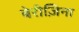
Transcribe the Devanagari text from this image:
बेरीज़िना